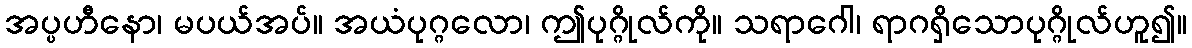
အပ္ပဟီနော၊ မပယ်အပ်။ အယံပုဂ္ဂလော၊ ဤပုဂ္ဂိုလ်ကို။ သရာဂေါ၊ ရာဂရှိသောပုဂ္ဂိုလ်ဟူ၍။